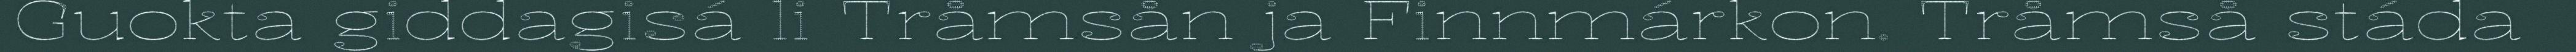
Guokta giddagisá li Tråmsån ja Finnmárkon. Tråmså stáda